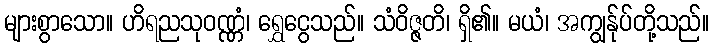
များစွာသော။ ဟိရညသုဝဏ္ဏံ၊ ရွှေငွေသည်။ သံဝိဇ္ဇတိ၊ ရှိ၏။ မယံ၊ အကျွန်ုပ်တို့သည်။